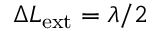
\Delta L _ { \mathrm { e x t } } = \lambda / 2